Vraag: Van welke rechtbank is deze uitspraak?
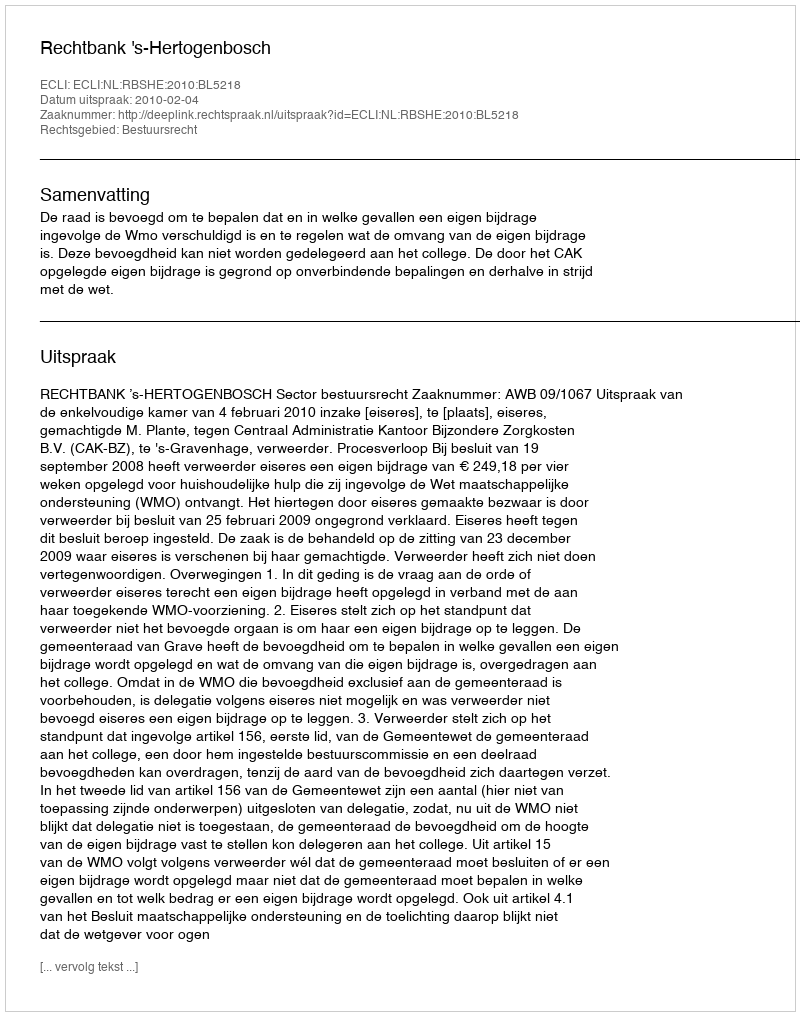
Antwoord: Rechtbank 's-Hertogenbosch